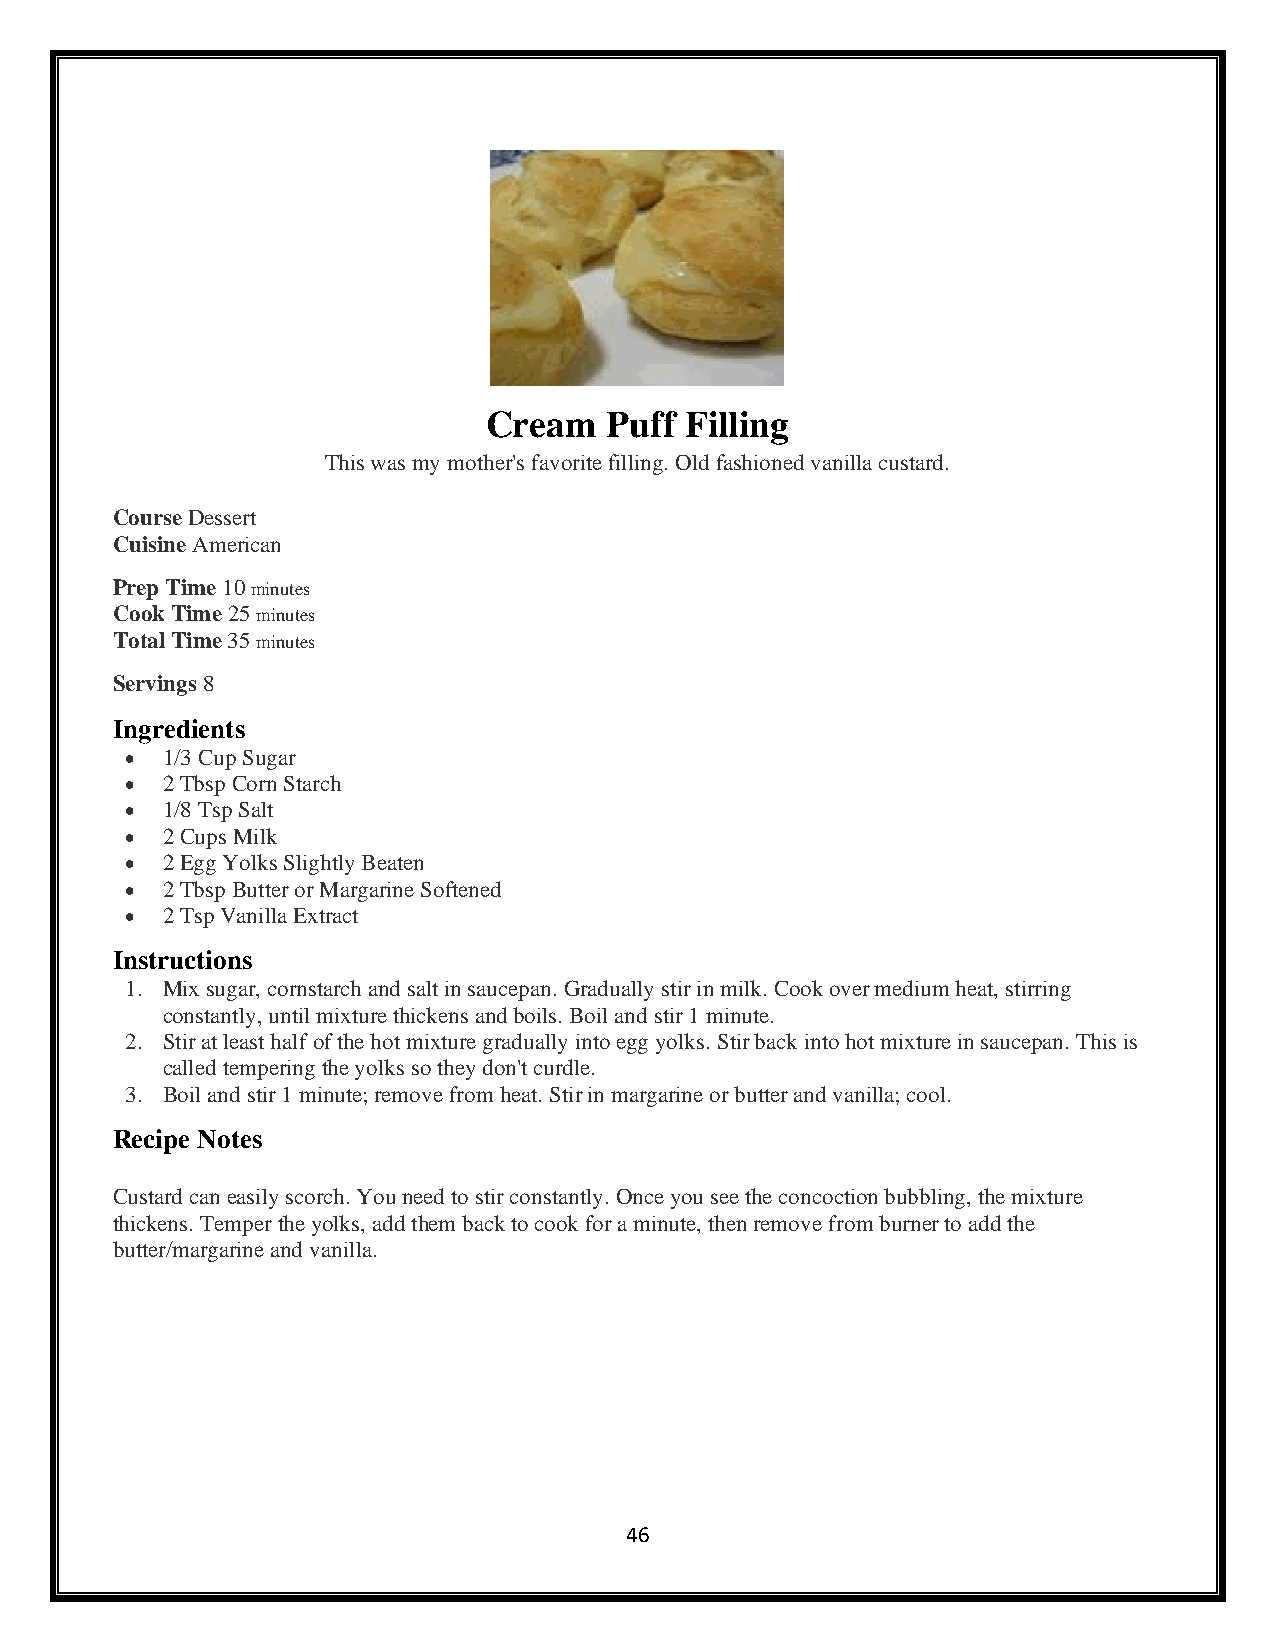
Cream   Puff Filling
 This was my mother's favorite filling. Old fashioned vanilla custard.
 Course Dessert
 Cuisine American
 Prep Time 10 minutes
 Cook Time 25 minutes
 Total Time 35 minutes
 Servings 8
 Ingredients
 •  1/3 Cup Sugar
 •  2 Tbsp Corn Starch
 •  1/8 Tsp Salt
 •  2 Cups Milk
 •  2 Egg Yolks Slightly Beaten
 •  2 Tbsp Butter or Margarine Softened
 •  2 Tsp Vanilla Extract
 Instructions
 1. Mix sugar, cornstarch and salt in saucepan. Gradually stir in milk. Cook over medium heat, stirring
 constantly, until mixture thickens and boils. Boil and stir 1 minute.
 2. Stir at least half of the hot mixture gradually into egg yolks. Stir back into hot mixture in saucepan. This is
 called tempering the yolks so they don't curdle.
 3. Boil and stir 1 minute; remove from heat. Stir in margarine or butter and vanilla; cool.
 Recipe Notes
 Custard can easily scorch. You need to stir constantly. Once you see the concoction bubbling, the mixture
 thickens. Temper the yolks, add them back to cook for a minute, then remove from burner to add the
 butter/margarine and vanilla.
 46